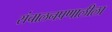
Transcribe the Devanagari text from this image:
संचालनप्रणालीला